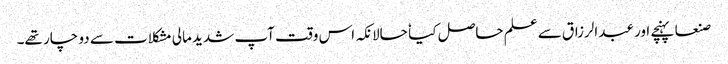
صنعا پہنچے اور عبدالرزاق سے علم حاصل کیا ٗ حالانکہ اس وقت آپ شدید مالی مشکلات سے دو چار تھے۔